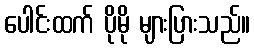
ပေါင်းထက် ပိုမို များပြားသည်။